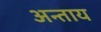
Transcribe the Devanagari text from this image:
अन्ताय